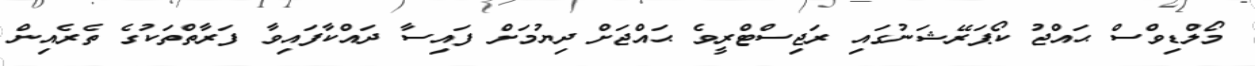
މޯލްޑިވްސް ޙައްޖު ކޯޕަރޭޝަނުގައި ރަޖިސްޓްރީވެ ޙައްޖަށް ދިޔުމަށް ފައިސާ ދައްކާފައިވާ ފަރާތްތަކުގެ ތެރެއިން